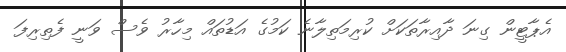
އެޕާޓީން ގިނަ ދާއިރާތަކަށް ކުރިމަތިލާނެ ކަމުގެ އަޑުތައް މިހާރު ވެސް ވަނީ ފެތިރިފަ